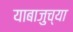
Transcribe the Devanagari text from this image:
याबाजुच्या